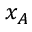
x _ { A }